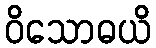
ဝိသောဓယိ